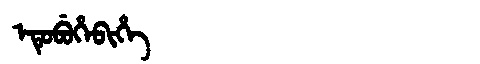
Manchu: ᡝᡨᡠᠪᡠᡥᡝᠪᡳᡥᡝ
Romanization: ETUBUHEBIHE